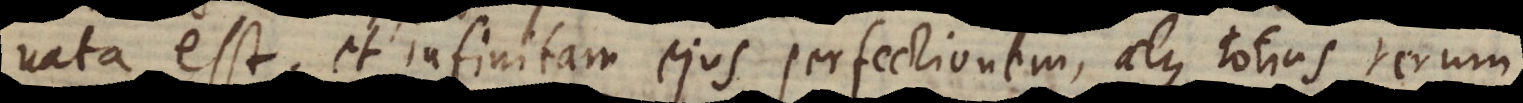
nata est; et infinitam ejus perfectionem, atque totius rerum